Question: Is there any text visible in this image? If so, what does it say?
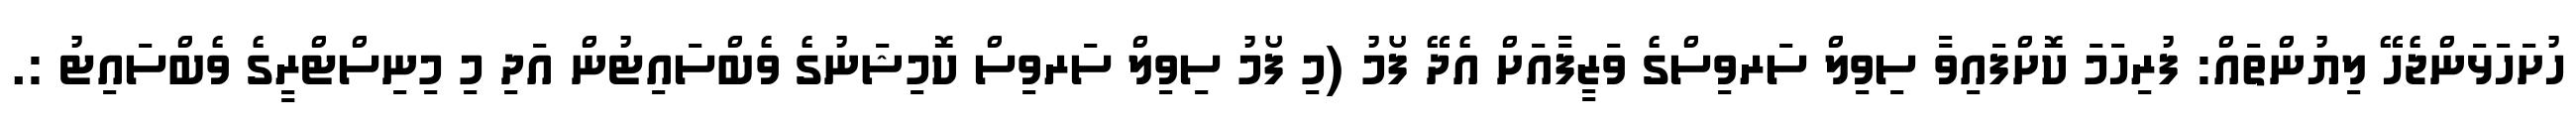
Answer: ހުށަހަޅަންޖެހޭ ލިޔުންތައް: ފުރިހަމަ ކޮށްފައިވާ ސިވިލް ސަރވިސްގެ ވަޒީފާއަށް އެދޭ ފޯމު (މި ފޯމު ސިވިލް ސަރވިސް ކޮމިޝަނުގެ ވެބްސައިޓުން އަދި މި މިނިސްޓްރީގެ ވެބްސައިޓު :.